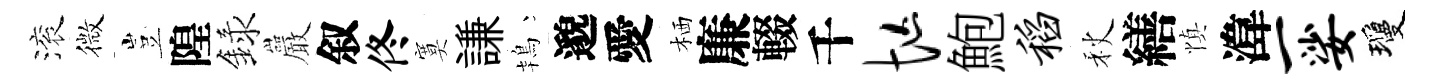
滚微豈隍録巖叙佟寞謙鴇邈愛栖廉輟千忙鮑稻秋繕慎湋一娑瓊